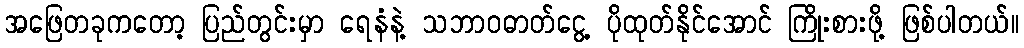
အဖြေတခုကတော့ ပြည်တွင်းမှာ ရေနံနဲ့ သဘာဝဓာတ်ငွေ့ ပိုထုတ်နိုင်အောင် ကြိုးစားဖို့ ဖြစ်ပါတယ်။